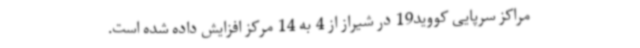
مراکز سرپایی کووید19 در شیراز از 4 به 14 مرکز افزایش داده شده است.